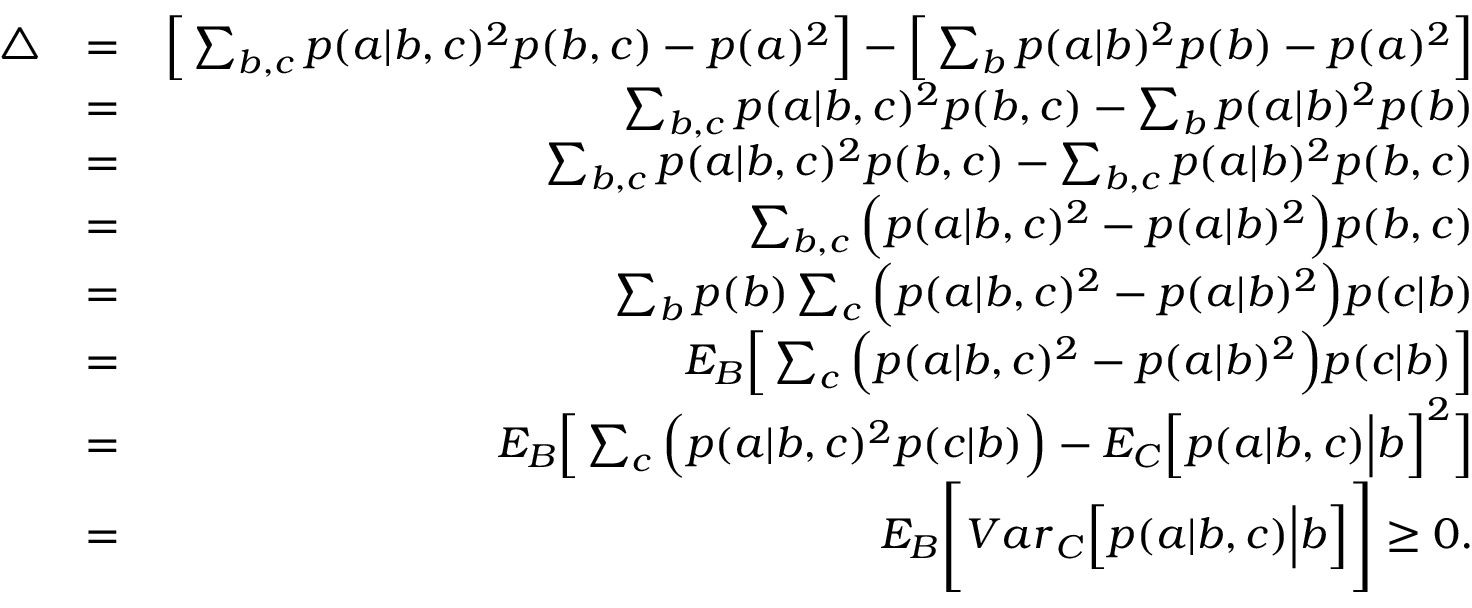
\begin{array} { r l r } { \bigtriangleup } & { = } & { \Big [ \sum _ { b , c } p ( a | b , c ) ^ { 2 } p ( b , c ) - p ( a ) ^ { 2 } \Big ] - \Big [ \sum _ { b } p ( a | b ) ^ { 2 } p ( b ) - p ( a ) ^ { 2 } \Big ] } \\ & { = } & { \sum _ { b , c } p ( a | b , c ) ^ { 2 } p ( b , c ) - \sum _ { b } p ( a | b ) ^ { 2 } p ( b ) } \\ & { = } & { \sum _ { b , c } p ( a | b , c ) ^ { 2 } p ( b , c ) - \sum _ { b , c } p ( a | b ) ^ { 2 } p ( b , c ) } \\ & { = } & { \sum _ { b , c } \Big ( p ( a | b , c ) ^ { 2 } - p ( a | b ) ^ { 2 } \Big ) p ( b , c ) } \\ & { = } & { \sum _ { b } p ( b ) \sum _ { c } \Big ( p ( a | b , c ) ^ { 2 } - p ( a | b ) ^ { 2 } \Big ) p ( c | b ) } \\ & { = } & { { E } _ { B } \Big [ \sum _ { c } \Big ( p ( a | b , c ) ^ { 2 } - p ( a | b ) ^ { 2 } \Big ) p ( c | b ) \Big ] } \\ & { = } & { { E } _ { B } \Big [ \sum _ { c } \Big ( p ( a | b , c ) ^ { 2 } p ( c | b ) \Big ) - { E } _ { C } \Big [ p ( a | b , c ) \Big | b \Big ] ^ { 2 } \Big ] } \\ & { = } & { { E } _ { B } \Bigg [ { V a r } _ { C } \Big [ p ( a | b , c ) \Big | b \Big ] \Bigg ] \geq 0 . } \end{array}